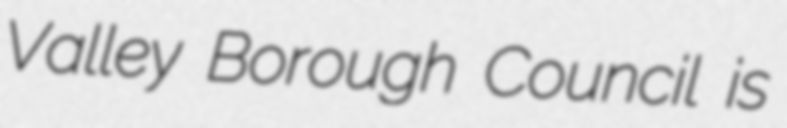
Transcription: Valley Borough Council is